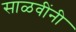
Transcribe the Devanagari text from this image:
साळवींनी